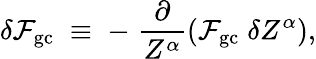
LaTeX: \delta{\cal F}_{\mathrm{gc}}\; \equiv\; -\; \frac{\partial}{Z^{\alpha}}\left({\cal F}_{\mathrm{gc}}\; \delta Z^{\alpha}\right),